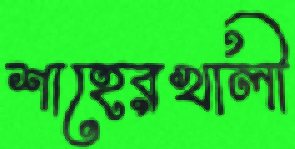
শাহেরখালী